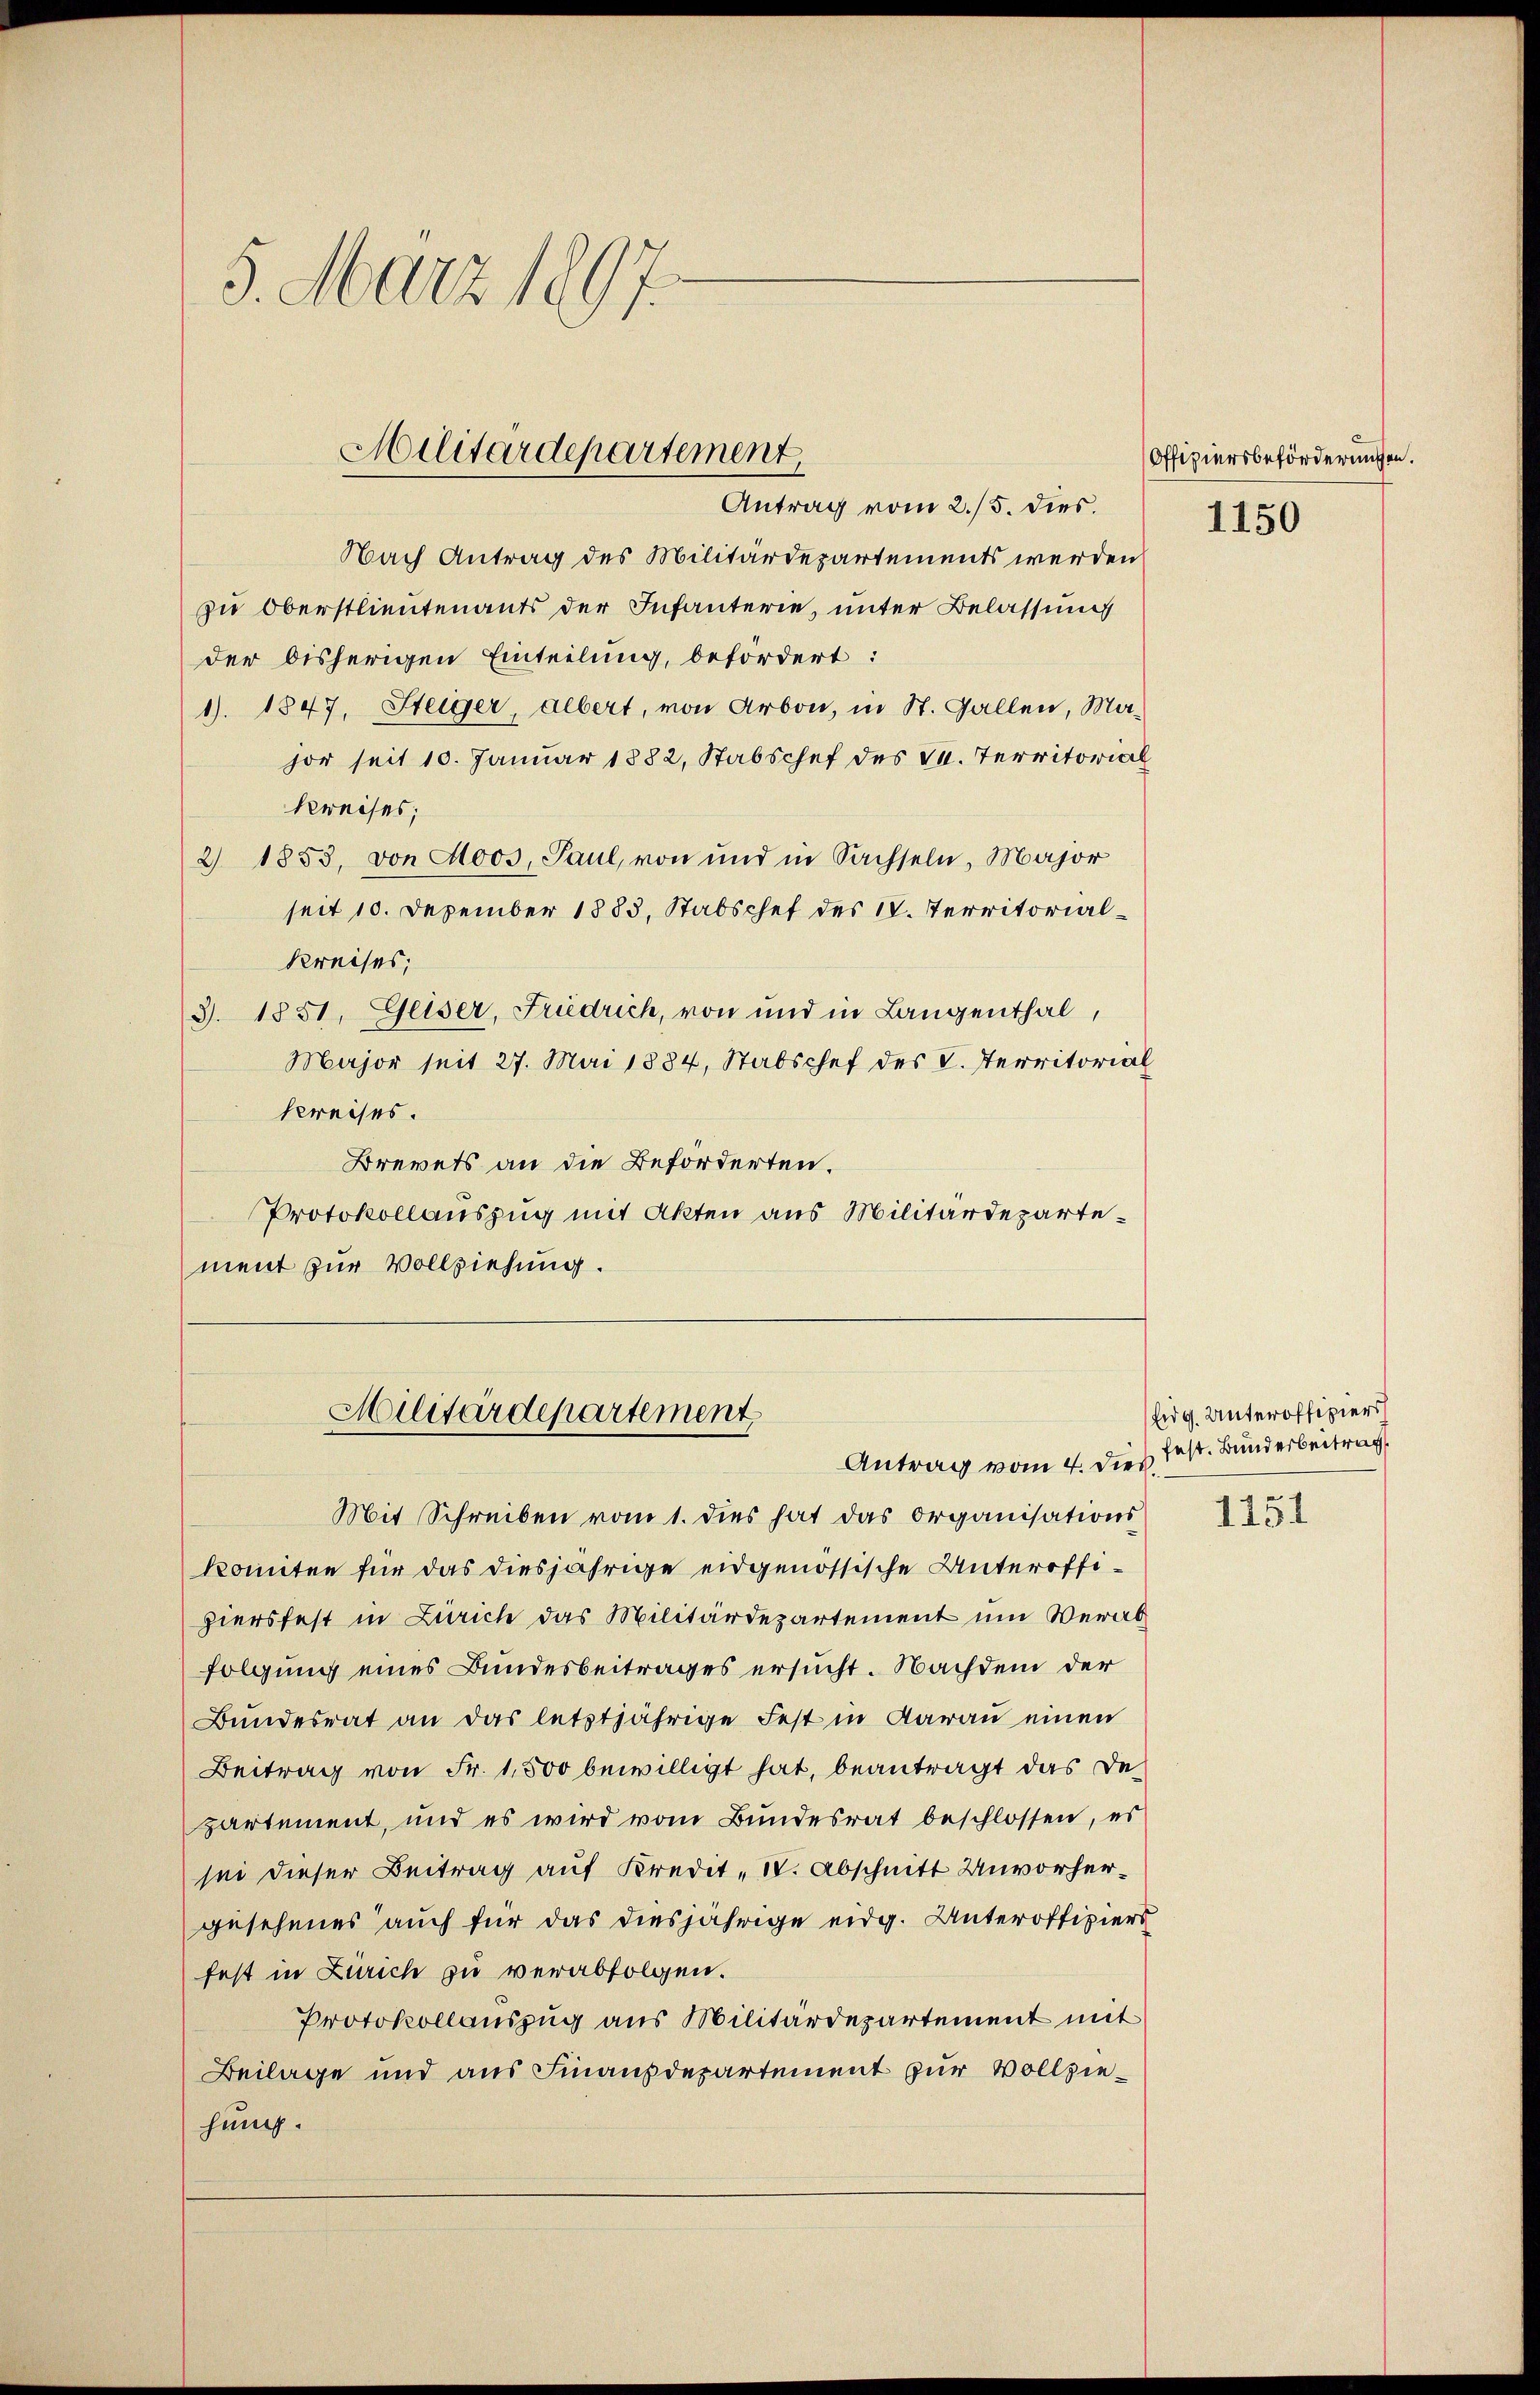
5. März 1897.

Militärdepartement
Antrag vom 2./5. dies.

Militärdepartement
Antrag vom 4. dies

Nach Antrag des Militärdepartements werden
zu Oberstlieutenants der Infanterie, unter Belassung
der bisherigen Einteilung, befordert:
1). 1847, Steiger, Albert, von Arbon, in St. Gallen, Ma-
hor seit 10. Januar 1882, Stabschef des 16. Territorial
Kreises;
2) 1853, von Moos, Paul, von und in Sachseln, Major
seit 10. Dezember 1883. Stabschef des 18. Territorial¬
Kreises;
3. 1851, Geiser, Friedrich, von und in Langenthal,
Major seit 27. Mai 1884, Stabschef des L. Territorial
kreises.
Brevets an die Beförderten.
Protokollauszug mit Akten aus Militärdepartement zur Vollziehung.

Mit Schreiben vom 1. dies hat das Organisations
komitee für das diesjährige eidgenössische Unteroffihiersfest in Zürich das Militärdepartement um Verabfolgung eines Bundesbeitrages ersucht. Nachdem der
Bundesrat an das letztjährige Fest in darau einen
Beitrag von Fr. 1,500 bewilligt hat, beantragt das Departement, und es wird vom Bundesrat beschlossen, es
sei dieser Beitrag auf Kredit- 10. Abschnitt Unvorhergesehenes auch für das diesjährige eidg. Unteroffiziers
fest in Zürich zu verabfolgen.
Protokollauszug aus Militärdepartement mit
Beilage und aus Finanzdepartement zur Vollziehung.

Offiziersbeförderungen.
1150

Eidg. Unteroffiziers
fest. Bunderbeitrag

1451